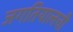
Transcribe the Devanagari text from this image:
जगतियालची